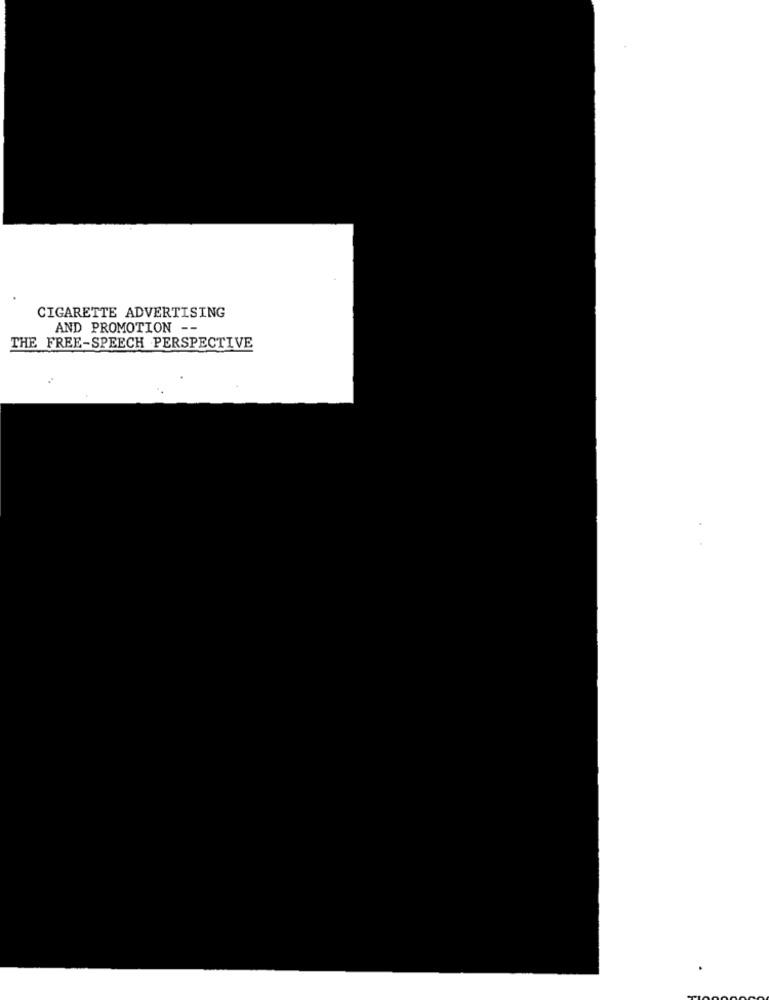
CIGARETTE ADVERTISING
AND PROMOTION --
THE FREE-SPEECH PERSPECTIVE